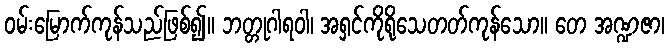
ဝမ်းမြောက်ကုန်သည်ဖြစ်၍။ ဘတ္တုဂါရဝါ၊ အရှင်ကိုရိုသေတတ်ကုန်သော။ တေ အဏ္ဍဇာ၊